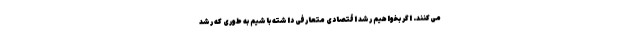
می‌کنند. اگر بخواهیم رشد اقتصادی متعارفی داشته باشیم به طوری که رشد